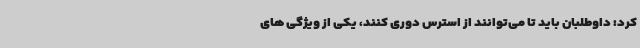
کرد: داوطلبان باید تا می‌توانند از استرس دوری کنند، یکی از ویژگی های